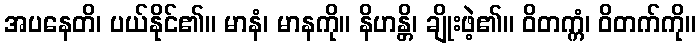
အပနေတိ၊ ပယ်နိုင်၏။ မာနံ၊ မာနကို။ နိဟန္တိ၊ ချိုးဖဲ့၏။ ဝိတက္ကံ၊ ဝိတက်ကို။